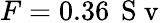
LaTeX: F=0.36\, \mathrm{~S~v~}